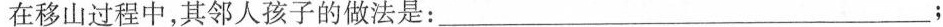
在移山过程中，其邻人孩子的做法是：___；